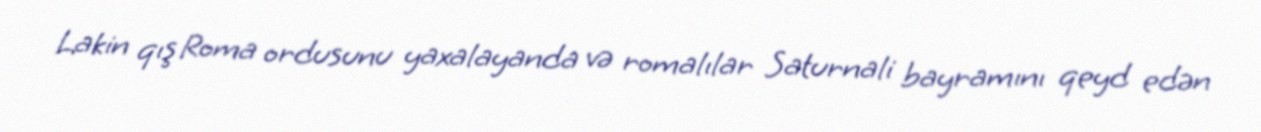
Lakin qış Roma ordusunu yaxalayanda və romalılar Saturnali bayramını qeyd edən